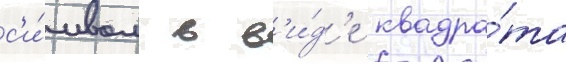
с'и́мвол в в'и́д'е квадра́та